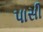
પાસી